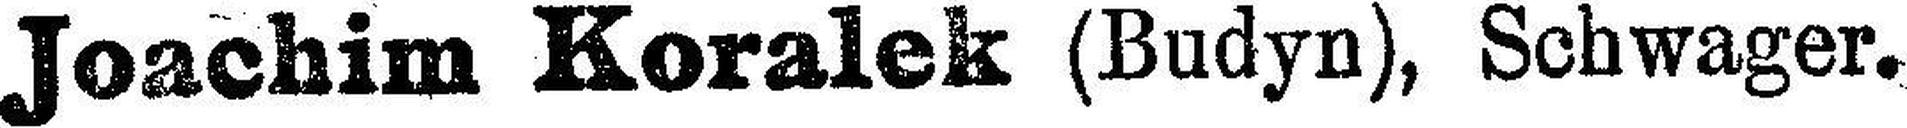
Joachim Koralek (Budyn), Schwager.